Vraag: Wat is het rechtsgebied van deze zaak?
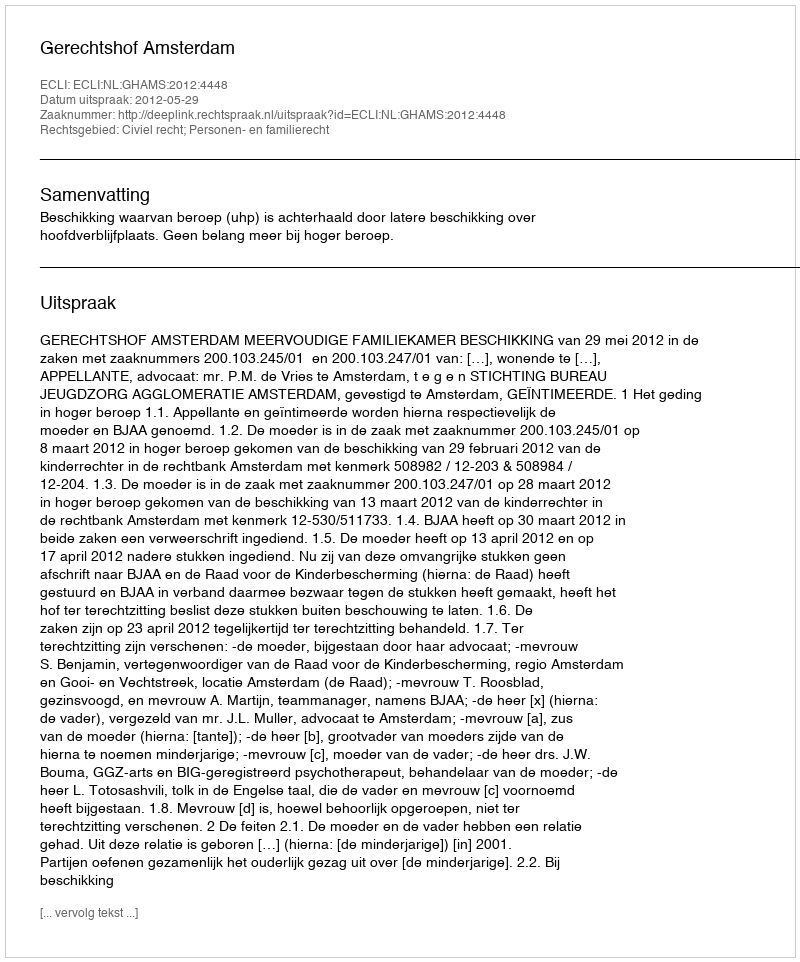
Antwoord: Civiel recht; Personen- en familierecht